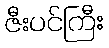
ဇီးပင်ကြီး